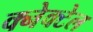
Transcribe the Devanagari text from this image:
क्नेक्टेल